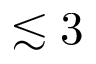
\lesssim 3